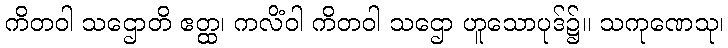
ကိတဝါ သဌောတိ ဧတ္ထ၊ ကလိံဝါ ကိတဝါ သဌော ဟူသောပုဒ်၌။ သကုဏေသု၊